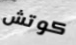
كوتش